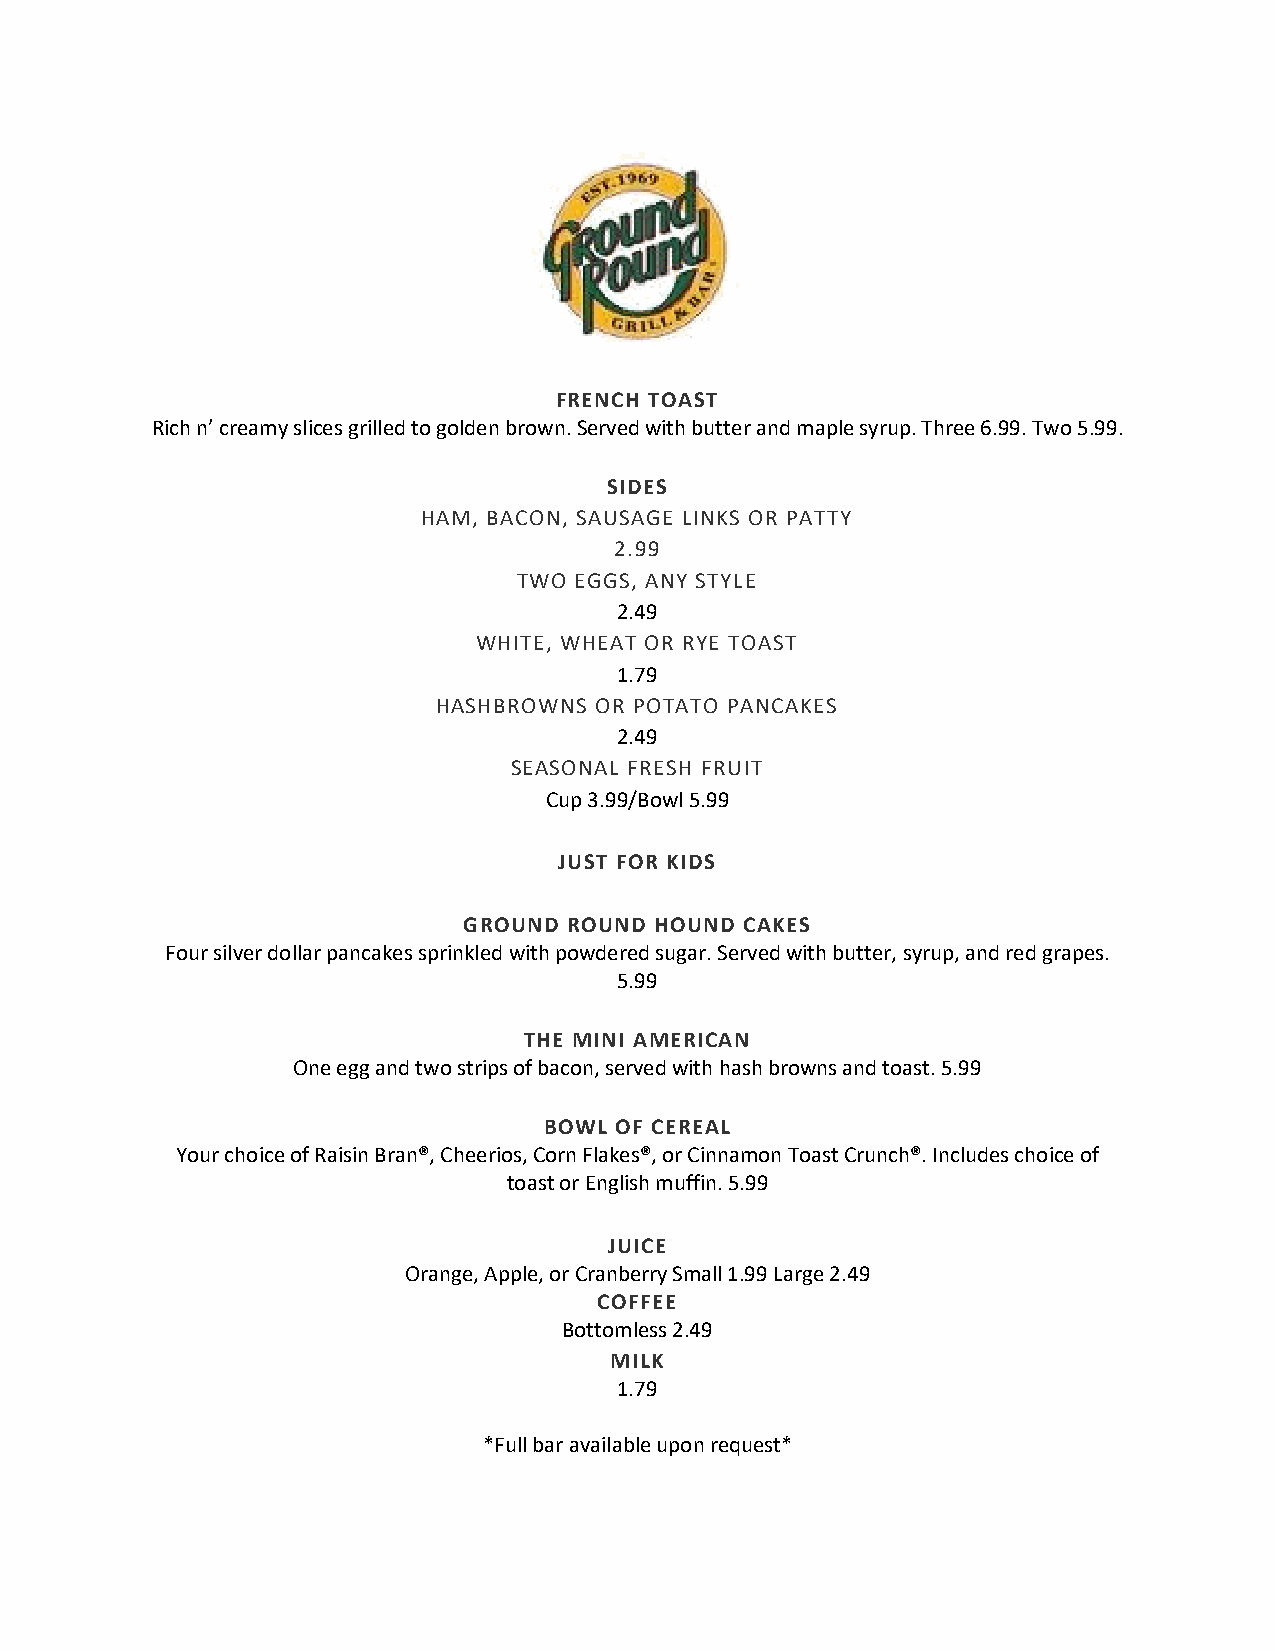
FRENCH TOAST
 Rich n’ creamy slices grilled to golden brown. Served with butter and maple syrup. Three 6.99. Two 5.99.
 SIDES
 HAM, BACON, SAUSAGE LINKS OR PATTY
 2.99
 TWO EGGS, ANY STYLE
 2.49
 WHITE, WHEAT OR RYE TOAST
 1.79
 HASHBROWNS OR POTATO PANCAKES
 2.49
 SEASONAL FRESH FRUIT
 Cup 3.99/Bowl 5.99
 JUST FOR KIDS
 GROUND ROUND HOUND CAKES
 Four silver dollar pancakes sprinkled with powdered sugar. Served with butter, syrup, and red grapes.
 5.99
 THE MINI AMERICAN
 One egg and two strips of bacon, served with hash browns and toast. 5.99
 BOWL OF CEREAL
 Your choice of Raisin Bran®, Cheerios, Corn Flakes®, or Cinnamon Toast Crunch®. Includes choice of
 toast or English muffin. 5.99
 JUICE
 Orange, Apple, or Cranberry Small 1.99 Large 2.49
 COFFEE
 Bottomless 2.49
 MILK
 1.79
 *Full bar available upon request*